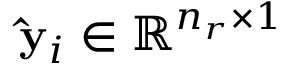
\mathbf { \hat { y } } _ { i } \in \mathbb { R } ^ { n _ { r } \times 1 }